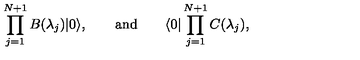
\prod _ { j = 1 } ^ { N + 1 } B ( \lambda _ { j } ) | 0 \rangle , \qquad \mathrm { a n d } \qquad \langle 0 | \prod _ { j = 1 } ^ { N + 1 } C ( \lambda _ { j } ) ,